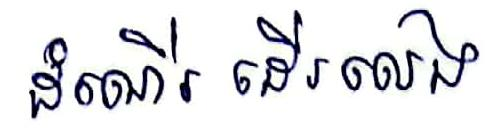
ដំណើរ ដើរលេង